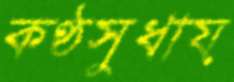
কণ্ঠসুধায়